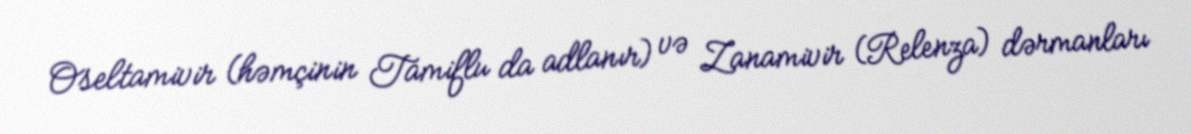
Oseltamivir (həmçinin Tamiflu da adlanır) və Zanamivir (Relenza) dərmanları